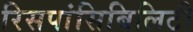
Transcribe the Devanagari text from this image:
रिसपांसिबिलिटी